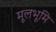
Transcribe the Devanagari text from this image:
मूलभूमि